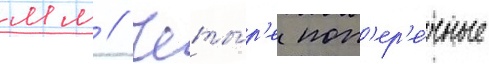
мм // Четы́р'е поп'ер'е́чные